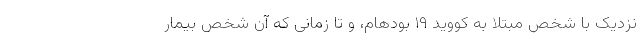
نزدیک با شخص مبتلا به کووید ۱۹ بودهام، و تا زمانی که آن شخص بیمار